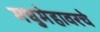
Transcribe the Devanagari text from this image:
मधुमेहावरचे